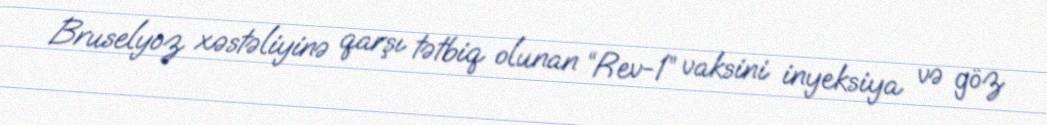
Bruselyoz xəstəliyinə qarşı tətbiq olunan “Rev-1” vaksini inyeksiya və göz